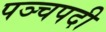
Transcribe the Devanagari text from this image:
पञ्चपदी